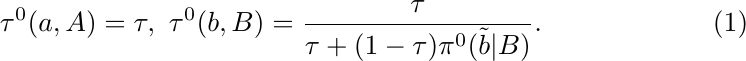
\begin{equation}
    \tau^0(a,A)=\tau,\ \tau^0(b,B)=\frac{\tau}{\tau+(1-\tau)\pi^0(\Tilde{b}|B)}.
\end{equation}